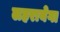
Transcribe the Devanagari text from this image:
लहरायेगा